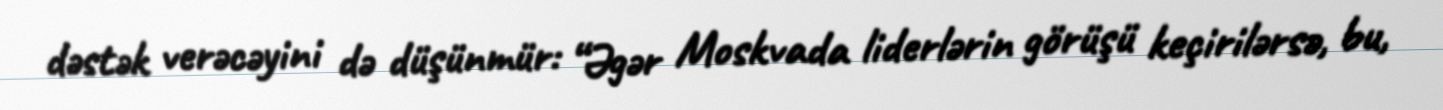
dəstək verəcəyini də düşünmür: “Əgər Moskvada liderlərin görüşü keçirilərsə, bu,